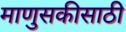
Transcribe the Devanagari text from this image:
माणुसकीसाठी